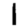
Digit: 1